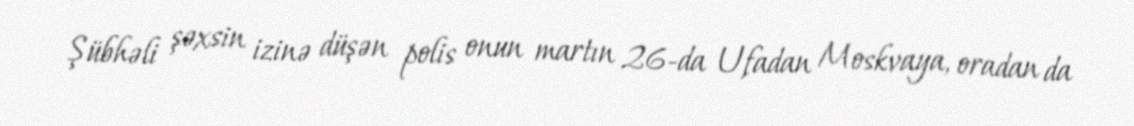
Şübhəli şəxsin izinə düşən polis onun martın 26-da Ufadan Moskvaya, oradan da